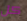
كل